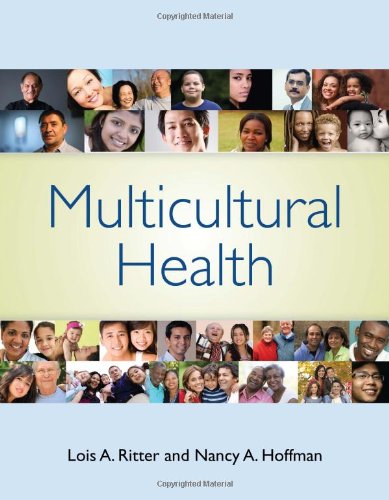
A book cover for Multicultural Health; Lois A. Ritter; Medical Books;